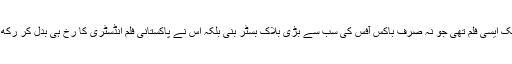
یہ ایک ایسی فلم تھی جو نہ صرف باکس آفس کی سب سے بڑی بلاک بسٹر بنی بلکہ اس نے پاکستانی فلم انڈسٹری کا رخ ہی بدل کر رکھ دیا ۔